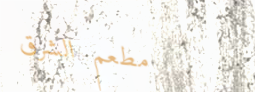
مطعم الشرق